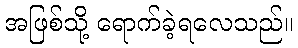
အဖြစ်သို့ ရောက်ခဲ့ရလေသည်။